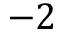
- 2